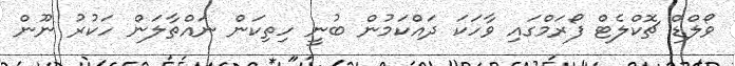
ވޯލްޑް ޗޮކްލެޓް ފޯރަމްގައި ވާހަކަ ދައްކަމުން ބުނީ ހިތިކަން ނައްތާލަން ހަކުރު ނޫން